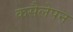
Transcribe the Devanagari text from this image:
कसैलेपन